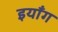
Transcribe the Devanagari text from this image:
इयाँग